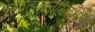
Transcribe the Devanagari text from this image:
पुनरुत्पादनासंदर्भातील